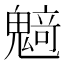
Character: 𱆟